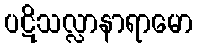
ပဋိသလ္လာနာရာမော